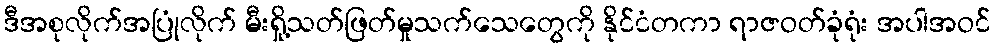
ဒီအစုလိုက်အပြုံလိုက် မီးရှို့သတ်ဖြတ်မှုသက်သေတွေကို နိုင်ငံတကာ ရာဇဝတ်ခုံရုံး အပါအဝင်